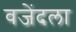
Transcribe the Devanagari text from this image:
वजेंदला